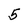
Character: 5